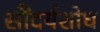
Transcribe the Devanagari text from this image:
सौंदर्यशोध